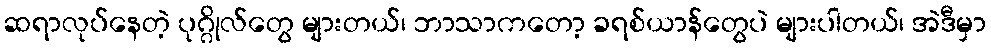
ဆရာလုပ်နေတဲ့ ပုဂ္ဂိုလ်တွေ များတယ်၊ ဘာသာကတော့ ခရစ်ယာန်တွေပဲ များပါတယ်၊ အဲဒီမှာ